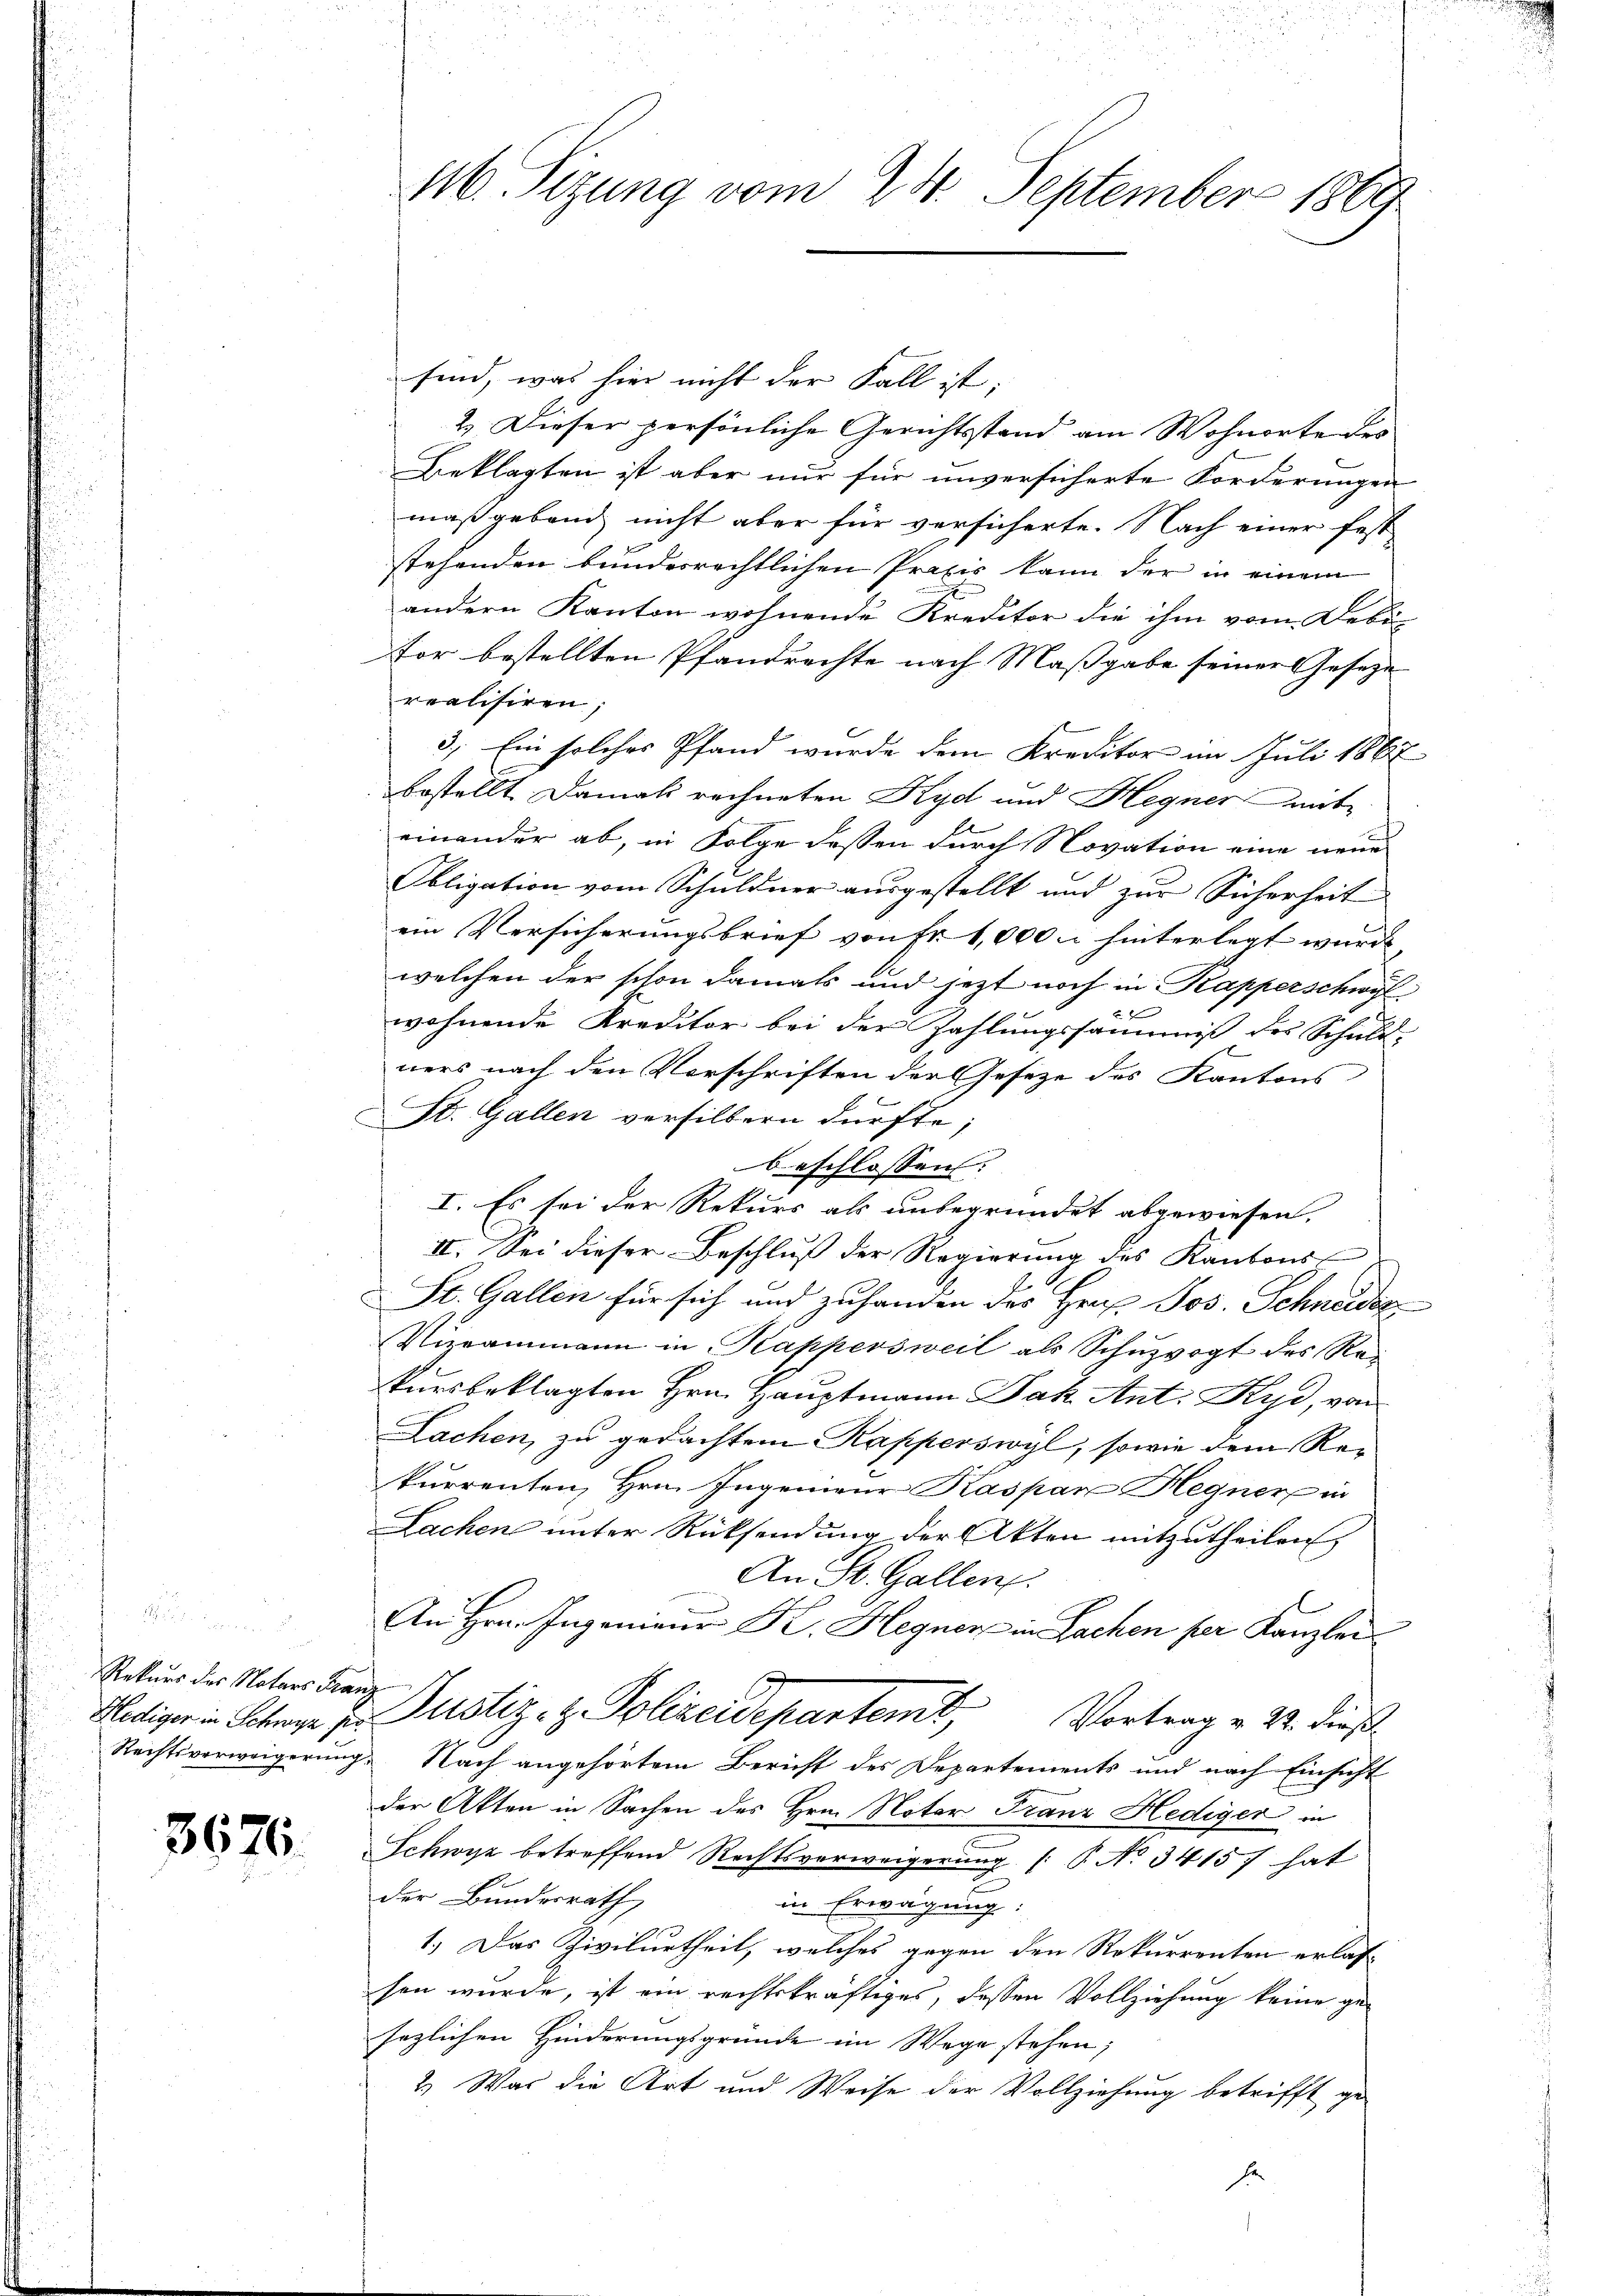
Rekurs des Notars Franz

3676.

116. Setzung vom 24. September 1869

sind, was hier nicht der Fall ist;
2. Dieser persönliche Gerichtsstand am Wohnorte des
Beklagten ist aber nur für unversicherte Forderungen
maßgebend nicht aber für versicherte. Nach einer fest
stehenden bunderrichtlichen Profes kann der in einem
andern Kanton wohnende Kreditor die ihm vom Debi-
tor bestellten Pfandrechte nach Maßgabe seiner Geseze
realisiren;
3.) Ein solches Pfand wurde dem Kreditore im Juli 1867
bestellt. Damali rechneten Kyd und Hegner mit
einander ab, in Folge dessen durch Novation eine neue
Obligation vom Schuldner ausgestellt und zur Sicherheit
ein Versicherungsbrief von Fr. 1,000 u hinterlegt wurde,
welchen der schon damals und jezt noch in Kapperschwyl
f x
wohnende Kreditor bei der Zahlungssammis des Schuld-
ners nach den Vorschriften der Gesetze des Kantons
St. Gallen versilbern dürfte;
beschlossen.
I. Es sei der Rekurs als unbegründet abgewiesen.
II. Sei dieser Beschluß der Regierung des Kantons-
St. Gallen für sich und zuhanden des Herr Jos. Schneidez
Vizeammann in Kappersweil als Schuzvogt des Rei
kursbeklagten Hrn. Hauptmann Jak. Ant. Kyd, von
Lachen, zu gedachtem Kapperswyl, sowie dem Rekurrenten, Hrn. Ingenieur Kaspar Hegner in
Lachen unter Rücksendung der Akten mitzutheilen
An St. Gallen.
An Hrn. Ingenieur K. Hegnen in Sachen per Kanzlei
Hediger in Schrage zu Justiz- & Polizeidepartemb.
Vortrag v. 22. dies
Rechtsverweigerung. Nach angehörtem Bericht des Departements und nach Einsicht
der Akten in Sachen des Hrn. Notar Franz Hediger in
Schwyz betreffend Rechtsverweigerŭng /: P. No 34157 hat
der Bundesrath,
in Erwägung:
1.) Das Zivilurtheil, welches gegen den Rekurrenten erlas-
sen wurde, ist ein rechtskräftiges, dessen Vollziehung keine ge-
sezlichen Hinderungsgründe im Wege stehen;
2.) Was die Art und Weise der Vollziehung betrifft gese